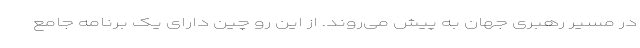
در مسیر رهبری جهان به پیش می‌روند. از این رو چین دارای یک برنامه جامع